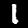
Label: 1